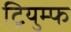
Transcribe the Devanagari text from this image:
ट्रियुम्फ